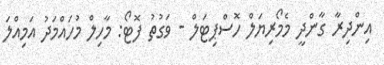
އިންދިރާ ގާންދީ މެމޯރިޔަލް ހޮސްޕިޓަލް - ވަގުތު ފޮޓޯ: މާހިލް މުހައްމަދު އަމިއްލަ